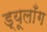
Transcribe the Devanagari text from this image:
ड्यूलाँग